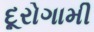
દૂરોગામી